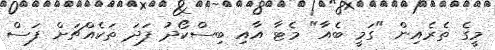
މީގެ ތެރެއިން "ގަމީ ބެއާ" މެޓާ އާއި ބިސްކޯދު ފަދަ ތަކެއްޗަށް ފަސް